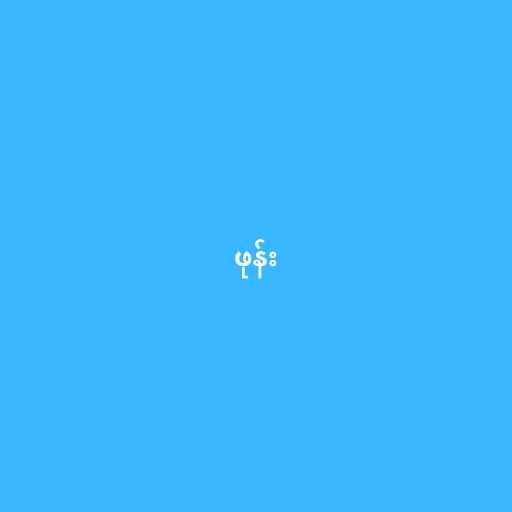
ဖုန်း